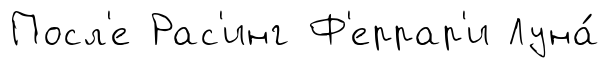
Посл'е Рас'инг Ф'еррар'и Луна́